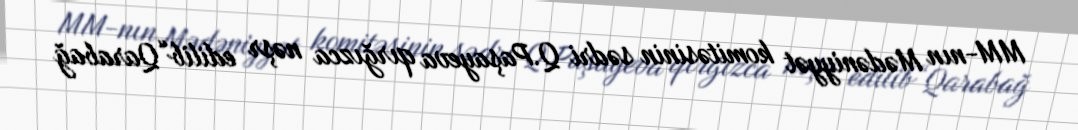
MM-nın Mədəniyyət komitəsinin sədri Q.Paşayeva qırğızca nəşr edilib“Qarabağ